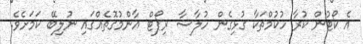
އެ ކޯޓުން ކުރާ ހުކުމްތަކާ ގުޅިގެން ހުލާސާ ރިޕޯޓް އާންމުގޮތެއްގައި ނުލިބޭ ކަމަށެވެ.